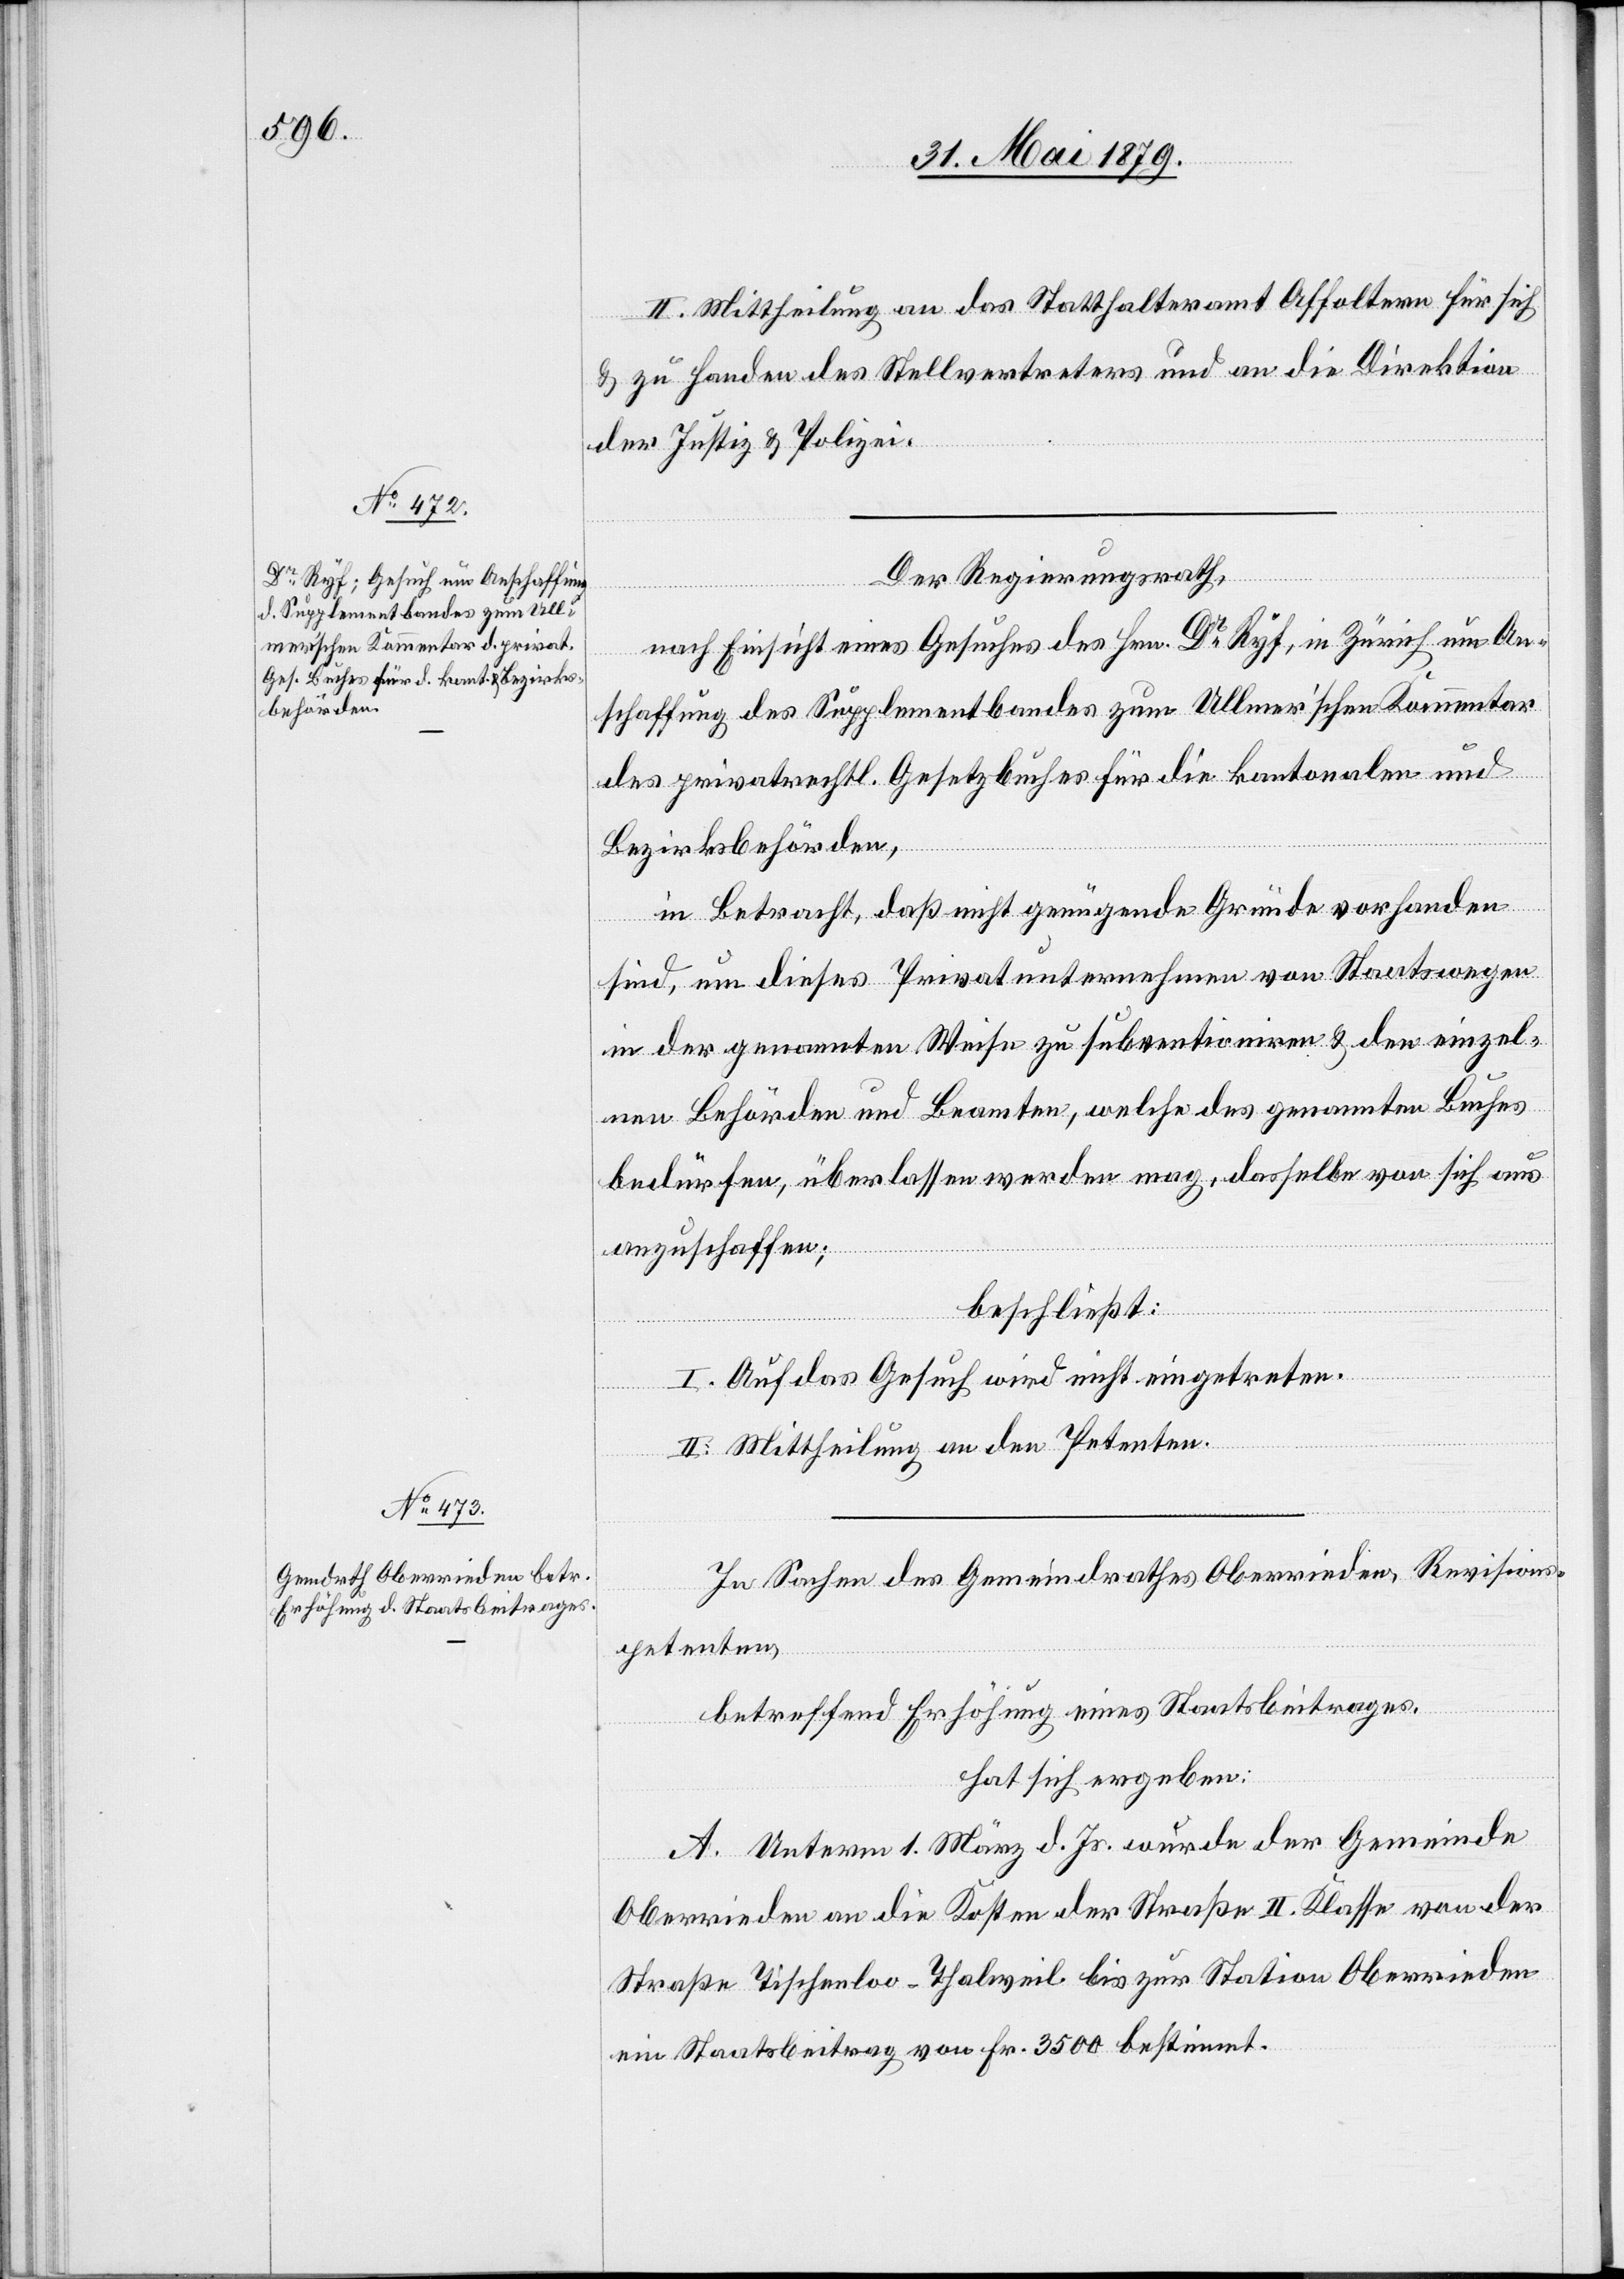
II. Mittheilung an das Statthalteramt Affoltern für sich
& zu Handen des Stellvertreters und an die Direktion
der Justiz & Polizei.
Der Regierungsrath,
nach Einsicht eines Gesuches des Hrn. Dr Ryf, in Zürich um An¬
schaffung des Supplementbandes zum Ullmer’schen Kommentar
des privatrechtl. Gesetzbuches für die kantonalen und
Bezirksbehörden,
in Betracht, daß nicht genügende Gründe vorhanden
sind, um dieses Privatunternehmen von Staatswegen
in der genannten Weise zu subventioniren & den einzel¬
nen Behörden und Beamten, welche des genannten Buches
bedürfen, überlassen werden mag, dasselbe von sich aus
anzuschaffen;
beschließt:
I. Auf das Gesuch wird nicht eingetreten.
II. Mittheilung an den Petenten.
In Sachen des Gemeindrathes Oberrieden, Revisions¬
petenten,
betreffend Erhöhung eines Staatsbeitrages,
hat sich ergeben:
A. Unterm 1. März d. Js. wurde der Gemeinde
Oberrieden an die Kosten der Straße II. Klasse von der
Straße Tischenloo - Thalweil bis zur Station Oberrieden
ein Staatsbeitrag von Fr. 3500 bestimmt.